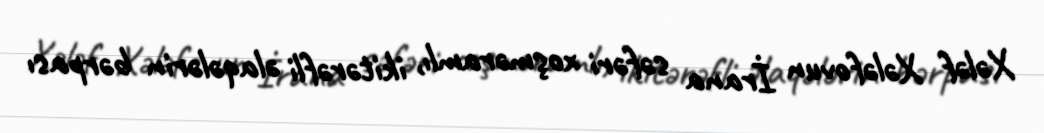
Xələf Xələfovun İrana səfəri xoşməramlı, ikitərəfli əlaqələrin bərpası